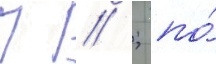
П // ; по́